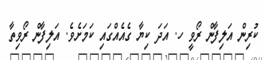
ކުރިން އަލިފާން ރޯވީ ހ. އަދަ ކިޔާ ގެއެއްގައި ކަމަށެވެ. އަލިފާން ރޯވިތާ